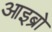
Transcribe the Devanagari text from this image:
आइब्रो